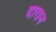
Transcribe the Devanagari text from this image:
दारान